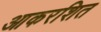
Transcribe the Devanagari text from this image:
आकरशित